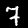
Digit: 7